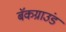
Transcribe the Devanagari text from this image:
बॅकग्राउंड